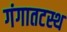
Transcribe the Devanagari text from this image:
गंगातटस्थ